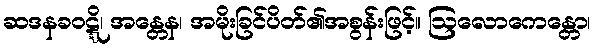
ဆဒနခဝဋ္ဋိ၊ အန္တေန၊ အမိုးခြင်ပိတ်၏အစွန်းဖြင့်။ ဩလောကေန္တော၊